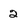
Character: 2